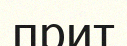
прит